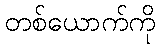
တစ်ယောက်ကို